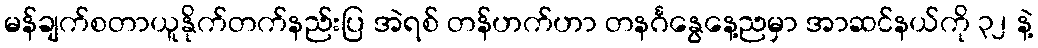
မန်ချက်စတာယူနိုက်တက်နည်းပြ အဲရစ် တန်ဟက်ဟာ တနင်္ဂနွေနေ့ညမှာ အာဆင်နယ်ကို ၃၂ နဲ့